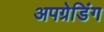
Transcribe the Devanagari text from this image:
अपग्रेडिंग